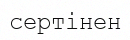
сертінен